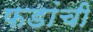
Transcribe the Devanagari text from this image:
फडांची